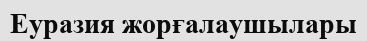
Еуразия жорғалаушылары